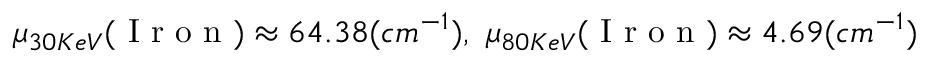
\mu _ { 3 0 K e V } ( \mathrm { ~ I ~ r ~ o ~ n ~ } ) \approx 6 4 . 3 8 ( c m ^ { - 1 } ) , ~ \mu _ { 8 0 K e V } ( \mathrm { ~ I ~ r ~ o ~ n ~ } ) \approx 4 . 6 9 ( c m ^ { - 1 } )